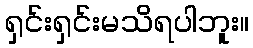
ရှင်းရှင်းမသိရပါဘူး။